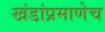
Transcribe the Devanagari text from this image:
खंडांप्रमाणेच